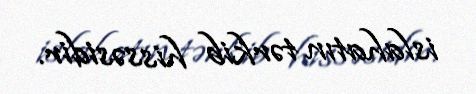
islahatın tərkib hissəsidir.